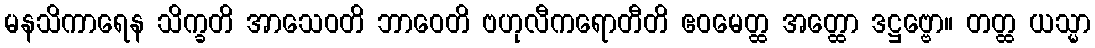
မနသိကာရေန သိက္ခတိ အာသေဝတိ ဘာဝေတိ ဗဟုလီကရောတီတိ ဧဝမေတ္ထ အတ္ထော ဒဋ္ဌဗ္ဗော။ တတ္ထ ယသ္မာ